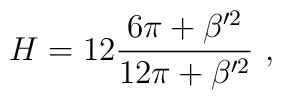
H=12\frac{6\pi+\beta'^2}{12\pi+\beta'^2}\ ,